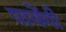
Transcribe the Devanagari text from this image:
पायेंगी